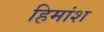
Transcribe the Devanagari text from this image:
हिमांश